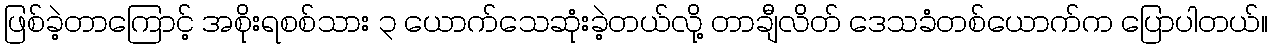
ဖြစ်ခဲ့တာကြောင့် အစိုးရစစ်သား ၃ ယောက်သေဆုံးခဲ့တယ်လို့ တာချီလိတ် ဒေသခံတစ်ယောက်က ပြောပါတယ်။